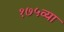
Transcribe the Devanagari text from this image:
१७५व्या